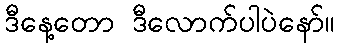
ဒီနေ့တော ဒီလောက်ပါပဲနော်။